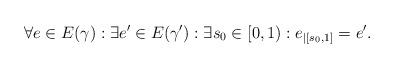
LaTeX: \begin{align*}\forall e\in E(\gamma): \exists e'\in E(\gamma'): \exists s_{0}\in[0,1): e_{|[s_{0},1]} & = e'.\end{align*}